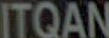
ITQAN